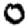
Digit: 0